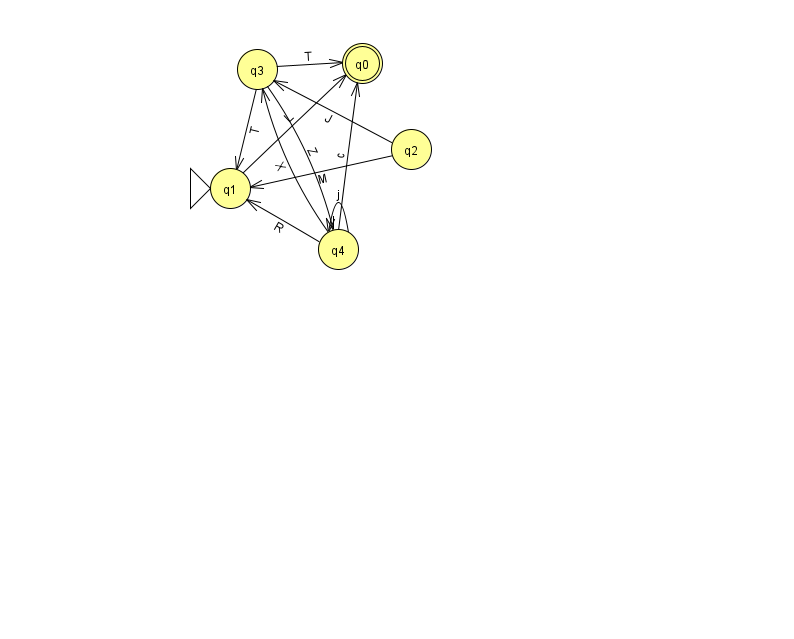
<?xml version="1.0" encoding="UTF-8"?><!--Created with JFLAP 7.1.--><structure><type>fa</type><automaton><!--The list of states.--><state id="0" name="q0"><x>362.0</x><y>50.0</y><final/></state><state id="1" name="q1"><x>230.0</x><y>175.0</y><initial/></state><state id="2" name="q2"><x>411.0</x><y>136.0</y></state><state id="3" name="q3"><x>257.0</x><y>56.0</y></state><state id="4" name="q4"><x>338.0</x><y>236.0</y></state><!--The list of transitions.--><transition><from>2</from><to>1</to><read>M</read></transition><transition><from>3</from><to>1</to><read>T</read></transition><transition><from>3</from><to>4</to><read>Z</read></transition><transition><from>2</from><to>3</to><read>J</read></transition><transition><from>3</from><to>0</to><read>T</read></transition><transition><from>4</from><to>3</to><read>X</read></transition><transition><from>4</from><to>4</to><read>j</read></transition><transition><from>4</from><to>0</to><read>c</read></transition><transition><from>4</from><to>1</to><read>R</read></transition><transition><from>1</from><to>0</to><read>L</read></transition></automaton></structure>